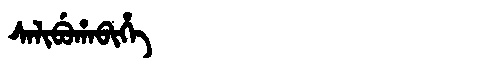
Manchu: ᠰᠠᠯᡳᠪᡠᡥᠠᠪᡳᡥᡝ
Romanization: SALIBUHABIHE